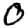
Digit: 0